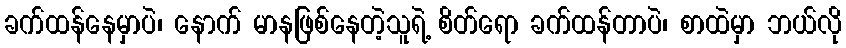
ခက်ထန်နေမှာပဲ၊ နောက် မာနဖြစ်နေတဲ့သူရဲ့ စိတ်ရော ခက်ထန်တာပဲ၊ စာထဲမှာ ဘယ်လို